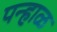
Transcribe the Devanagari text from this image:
पन्हाळ